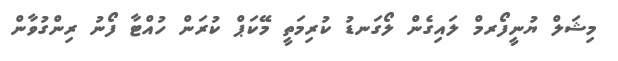
މިޝަލް ޔުނީފޯރމް ލައިގެން ލޯގަނޑު ކުރިމަތީ މޭކަޕް ކުރަން ހުއްޓާ ފޯނު ރިންގުވާން